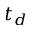
t _ { d }